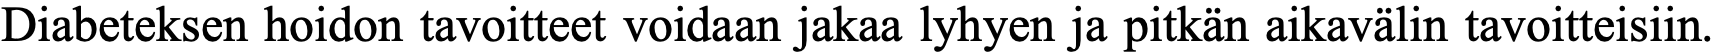
Diabeteksen hoidon tavoitteet voidaan jakaa lyhyen ja pitkän aikavälin tavoitteisiin.